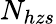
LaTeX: N_{hzs}